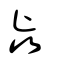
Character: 歰